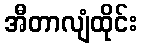
အီတာလျံထိုင်း